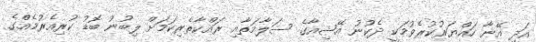
އަދި އޭނާ ހައްޔަރުކުރެވުމަކީ ދެކުނު އޭޝިއާގެ ސަލާމަތާއި ރައްކާތެރިކަމަށް ލިބުނު ބޮޑު ކުރިއެރުމެއްގެ